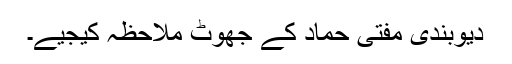
دیوبندی مفتی حماد کے جھوٹ ملاحظہ کیجیے۔